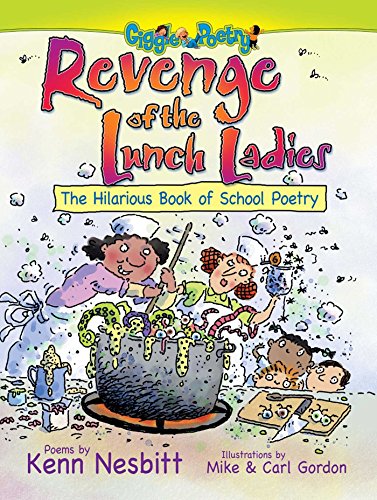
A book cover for Revenge of the Lunch Ladies: The Hilarious Book of School Poetry; Kenn Nesbitt; Children's Books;